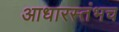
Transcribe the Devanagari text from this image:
आधारस्तंभच